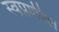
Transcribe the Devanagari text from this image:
स्वप्नशील